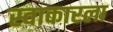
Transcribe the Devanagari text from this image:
स्वाकारला